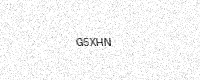
Text: G5XHN